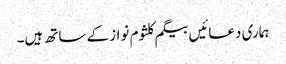
ہماری دعائیں بیگم کلثوم نواز کے ساتھ ہیں۔